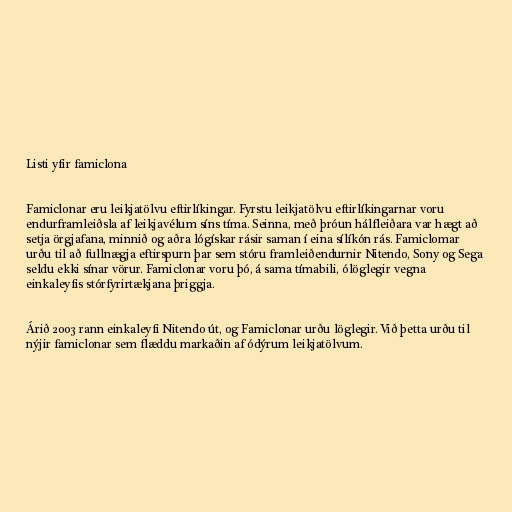
Listi yfir famiclona

Famiclonar eru leikjatölvu eftirlíkingar. Fyrstu leikjatölvu eftirlíkingarnar voru
endurframleiðsla af leikjavélum síns tíma. Seinna, með þróun hálfleiðara var hægt að
setja örgjafana, minnið og aðra lógískar rásir saman í eina sílíkón rás. Famiclomar
urðu til að fullnægja eftirspurn þar sem stóru framleiðendurnir Nitendo, Sony og Sega
seldu ekki sínar vörur. Famiclonar voru þó, á sama tímabili, ólöglegir vegna
einkaleyfis stórfyrirtækjana þriggja.

Árið 2003 rann einkaleyfi Nitendo út, og Famiclonar urðu löglegir. Við þetta urðu til
nýjir famiclonar sem flæddu markaðin af ódýrum leikjatölvum.